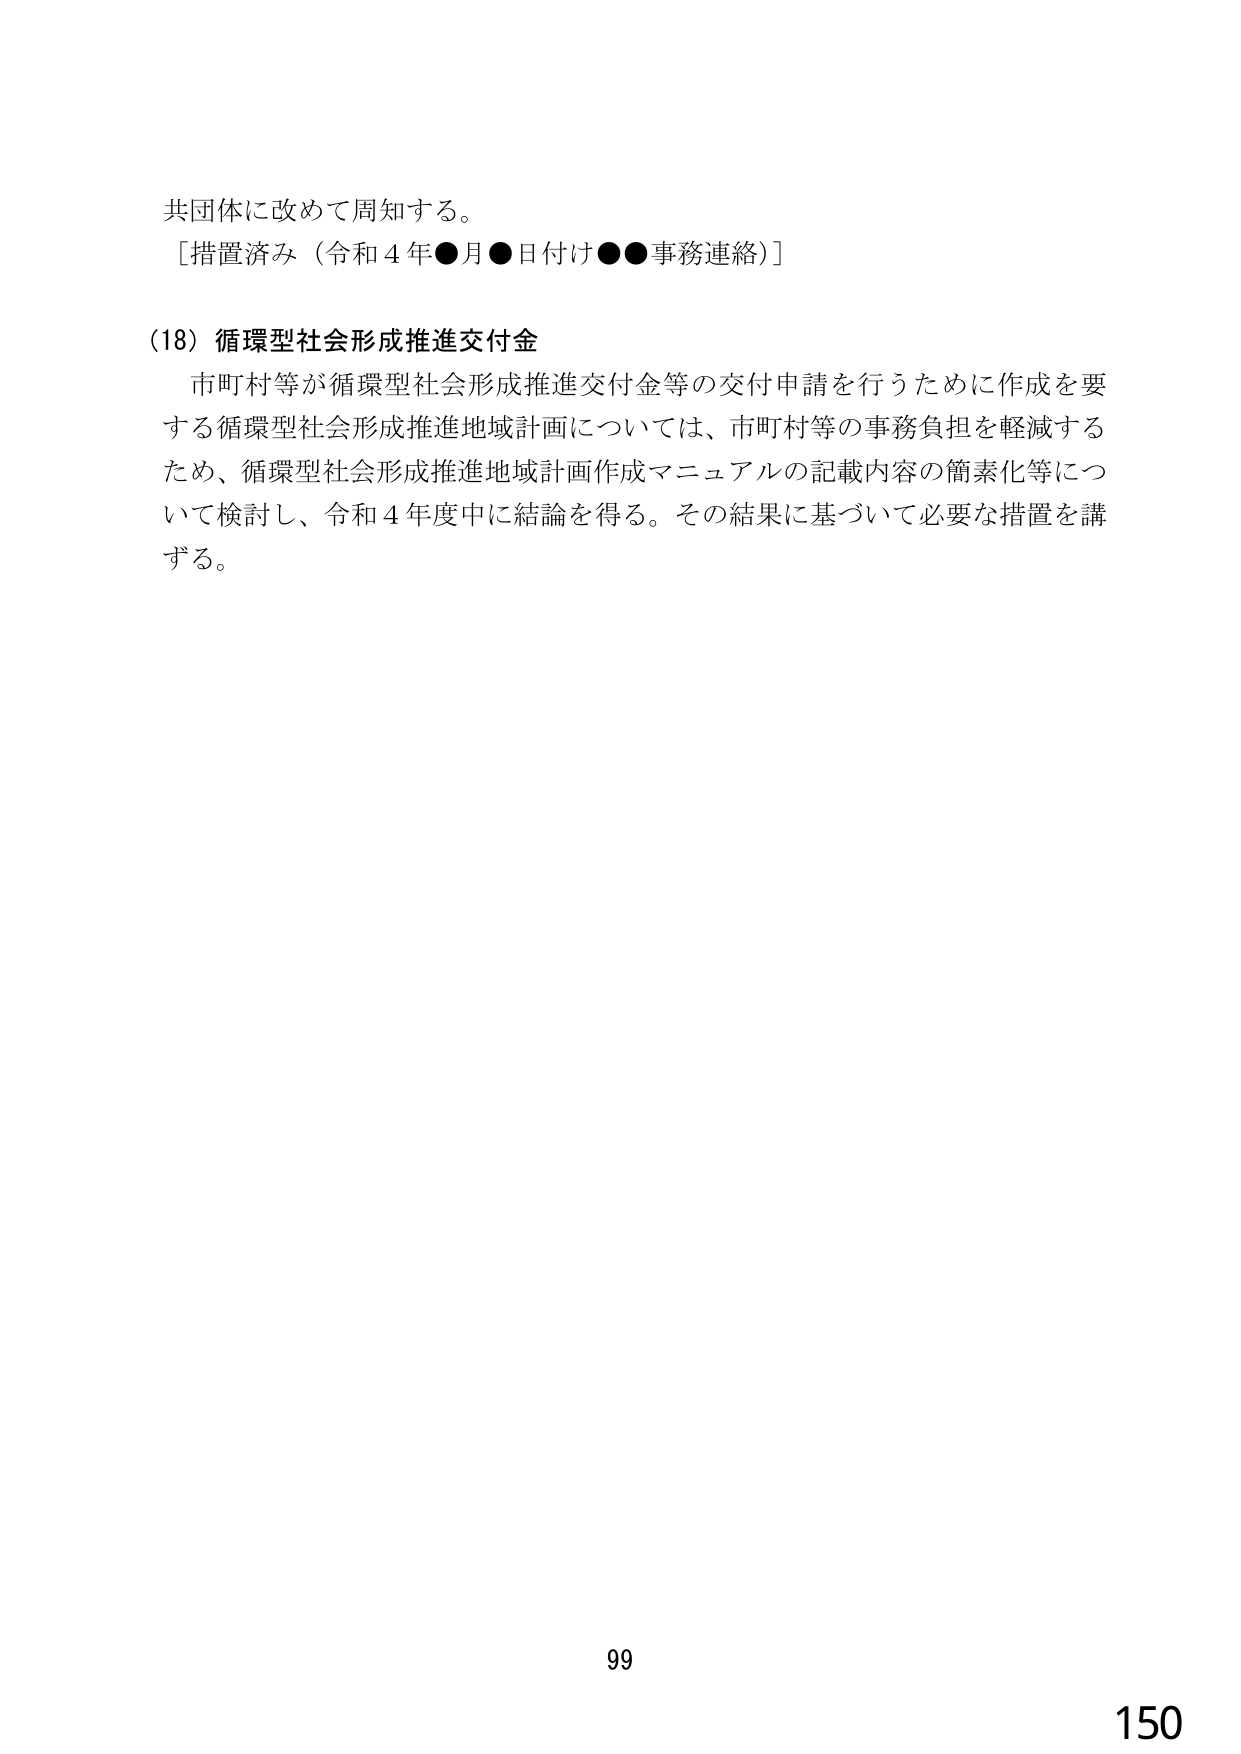
共団体に改めて周知する。
［措置済み（令和４年●月●日付け●●事務連絡）］

（18）循環型社会形成推進交付金
市町村等が循環型社会形成推進交付金等の交付申請を行うために作成を要
する循環型社会形成推進地域計画については、市町村等の事務負担を軽減する
ため、循環型社会形成推進地域計画作成マニュアルの記載内容の簡素化等につ
いて検討し、令和４年度中に結論を得る。その結果に基づいて必要な措置を講
ずる。

99
150